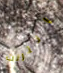
انترنت